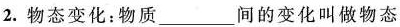
2.物态变化：物质___间的变化叫做物态